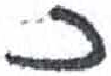
אות: כ